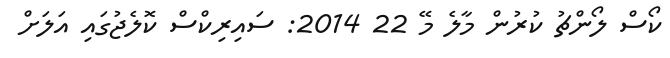
ކޯސް ލޯންޗު ކުރުން މާލެ މޭ 22 2014: ސައިރިކްސް ކޮލެޖުގައި އަލަށް